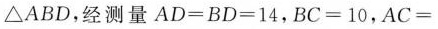
△ABD，经测量 $$A D = B D = 1 4$$，$$B C = 1 0$$，$$A C =